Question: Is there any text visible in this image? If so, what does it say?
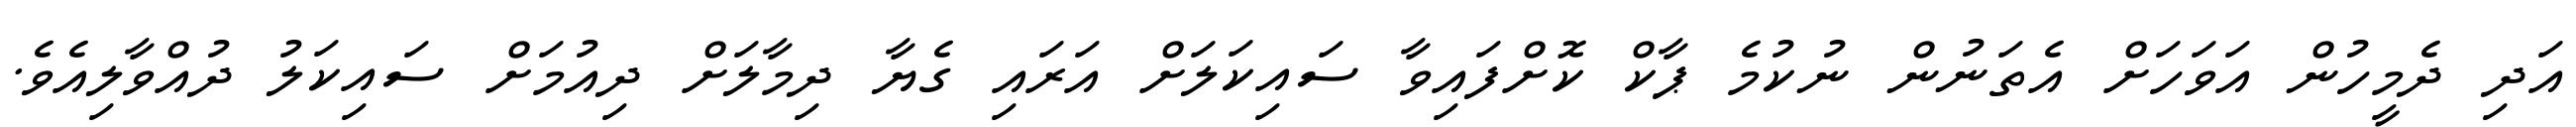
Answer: އަދި ދެމީހުން އަވަހަށް އެތަނުން ނުކުމެ ޕާކް ކޮށްފައިވާ ސައިކަލަށް އަރައި ގެޔާ ދިމާލަށް ދިއުމަށް ސައިކަލު ދުއްވާލިއެވެ.